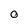
Character: O